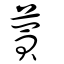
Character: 蕒